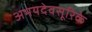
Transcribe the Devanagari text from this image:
अभयदेवसूरिके